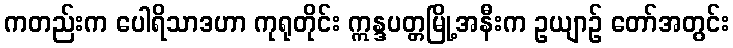
ကတည်းက ပေါရိသာဒဟာ ကုရုတိုင်း ဣန္ဒပတ္တမြို့အနီးက ဥယျာဉ် တော်အတွင်း